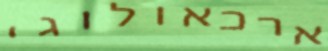
ארכאולוגי